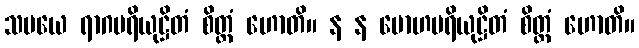
သမယေ ရာဂပရိယုဋ္ဌိတံ စိတ္တံ ဟောတိ။ န န မောဟပရိယုဋ္ဌိတံ စိတ္တံ ဟောတိ။